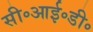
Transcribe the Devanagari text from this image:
सी॰आई॰डी॰